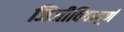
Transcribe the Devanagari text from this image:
जिजीविषापूर्ण